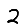
Digit: 2